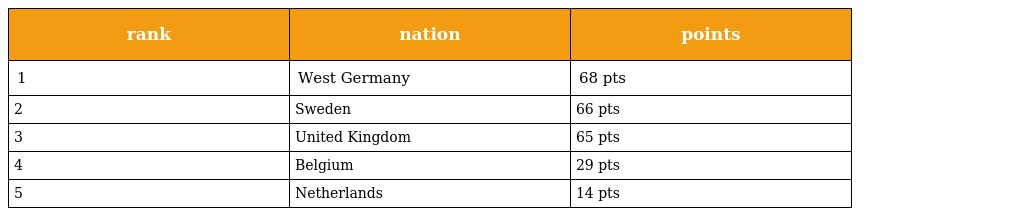
| rank | nation | points |
 | --- | --- | --- |
 | 1 | West Germany | 68 pts |
 | 2 | Sweden | 66 pts |
 | 3 | United Kingdom | 65 pts |
 | 4 | Belgium | 29 pts |
 | 5 | Netherlands | 14 pts |